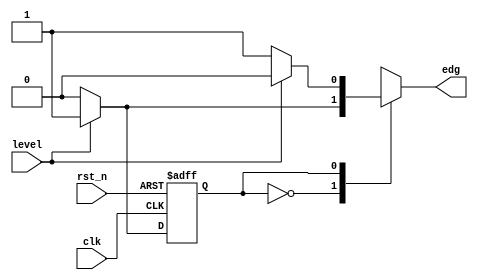
`timescale 1ns / 1ps

module dual_edge_detector_MEALY(
	input clk,rst_n,
	input level, //active-high
	output reg edg
    );
	 //FSM declarations
	 localparam zero=1'b0,
					one=1'b1;
	reg state_reg,state_nxt;
	
	//FSM register operation
	always @(posedge clk,negedge rst_n) begin
		if(!rst_n) state_reg<=zero;
		else state_reg<=state_nxt;
	end
	//FSM next-state and output logic
	always @* begin
		state_nxt=state_reg;
		edg=0;
			case(state_reg)
			zero: if(level) begin
						edg=1;
						state_nxt=one;
					end
			one: if(!level) begin
						edg=1;
						state_nxt=zero;
					end
			default: state_nxt=zero;
			endcase	
	end

endmodule